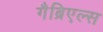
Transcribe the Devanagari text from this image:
गैब्रिएल्स